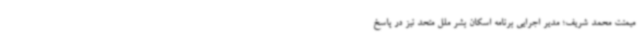
میمنت محمد شریف؛ مدیر اجرایی برنامه اسکان بشر ملل متحد نیز در پاسخ